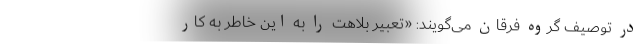
در توصیف گروه فرقان می‌گویند: «تعبیر بلاهت را به این خاطر به کار